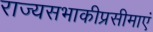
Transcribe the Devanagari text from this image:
राज्यसभाकीप्रसीमाएं